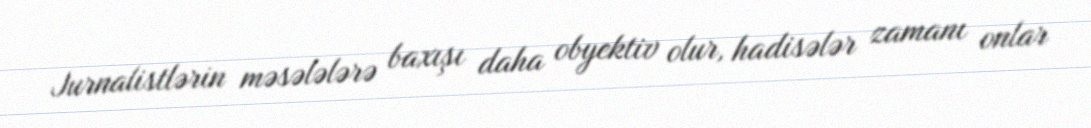
Jurnalistlərin məsələlərə baxışı daha obyektiv olur, hadisələr zamanı onlar